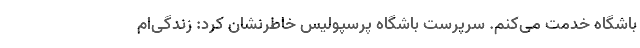
باشگاه خدمت می‌کنم. سرپرست باشگاه پرسپولیس خاطرنشان کرد: زندگی‌ام